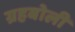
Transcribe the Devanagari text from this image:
ग्रहबोली